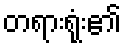
တရားရုံး၏